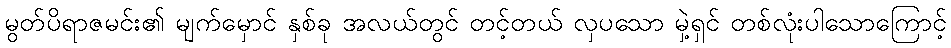
မွတ်ပိရာဇမင်း၏ မျက်မှောင် နှစ်ခု အလယ်တွင် တင့်တယ် လှပသော မှဲ့ရှင် တစ်လုံးပါသောကြောင့်